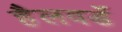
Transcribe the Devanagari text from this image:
हैलवर्डे